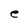
Character: e